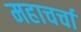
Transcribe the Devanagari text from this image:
महाचर्चा